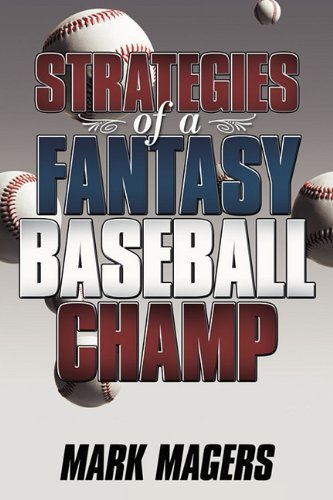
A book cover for Strategies of a Fantasy Baseball Champ; Mark Magers; Humor & Entertainment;